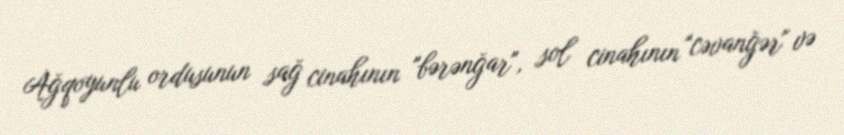
Ağqoyunlu ordusunun sağ cinahının "bərənğar", sol cinahının "cəvanğər" və